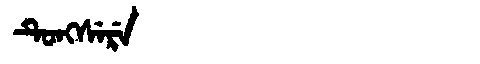
Manchu: ᡨᡠᠩᠰᡝᡵᡝ
Romanization: TUNGSERE